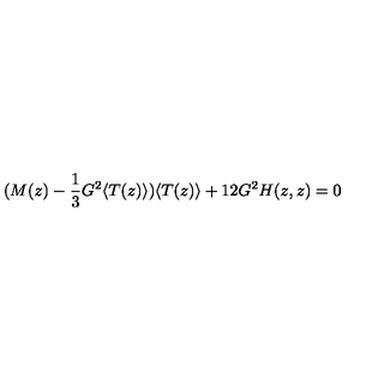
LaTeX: ( M ( z ) - \frac { 1 } { 3 } G ^ { 2 } \langle T ( z ) \rangle ) \langle T ( z ) \rangle + 1 2 G ^ { 2 } H ( z , z ) = 0